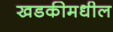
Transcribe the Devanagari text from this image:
खडकीमधील